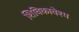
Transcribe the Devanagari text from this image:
शिविकावेश्म